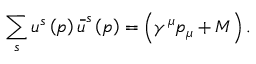
\sum _ { s } u ^ { s } \left( p \right) \, \overline { { \! { u } } } ^ { s } \left( p \right) = \left( \gamma ^ { \mu } p _ { \mu } + M \right) .